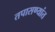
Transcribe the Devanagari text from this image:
तपासण्यांत